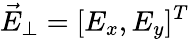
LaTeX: \vec{E}_{\perp}=[E_{x},E_{y}]^{T}